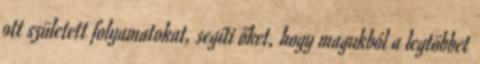
ott született folyamatokat, segíti őket, hogy magukból a legtöbbet